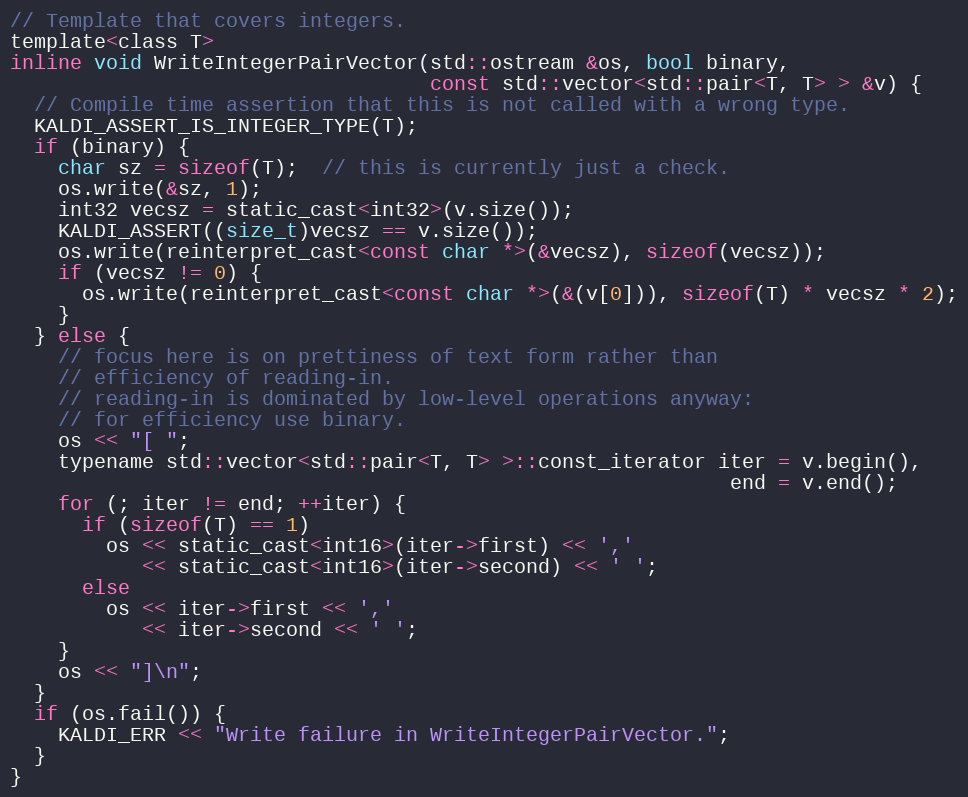
Language: C
// Template that covers integers.
template<class T>
inline void WriteIntegerPairVector(std::ostream &os, bool binary,
                                   const std::vector<std::pair<T, T> > &v) {
  // Compile time assertion that this is not called with a wrong type.
  KALDI_ASSERT_IS_INTEGER_TYPE(T);
  if (binary) {
    char sz = sizeof(T);  // this is currently just a check.
    os.write(&sz, 1);
    int32 vecsz = static_cast<int32>(v.size());
    KALDI_ASSERT((size_t)vecsz == v.size());
    os.write(reinterpret_cast<const char *>(&vecsz), sizeof(vecsz));
    if (vecsz != 0) {
      os.write(reinterpret_cast<const char *>(&(v[0])), sizeof(T) * vecsz * 2);
    }
  } else {
    // focus here is on prettiness of text form rather than
    // efficiency of reading-in.
    // reading-in is dominated by low-level operations anyway:
    // for efficiency use binary.
    os << "[ ";
    typename std::vector<std::pair<T, T> >::const_iterator iter = v.begin(),
                                                            end = v.end();
    for (; iter != end; ++iter) {
      if (sizeof(T) == 1)
        os << static_cast<int16>(iter->first) << ','
           << static_cast<int16>(iter->second) << ' ';
      else
        os << iter->first << ','
           << iter->second << ' ';
    }
    os << "]\n";
  }
  if (os.fail()) {
    KALDI_ERR << "Write failure in WriteIntegerPairVector.";
  }
}